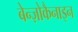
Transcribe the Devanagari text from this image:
बेन्ज़ोकैनाइन